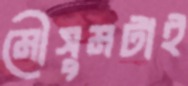
মৌসুমটাই